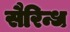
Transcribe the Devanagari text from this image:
सैरिन्ध